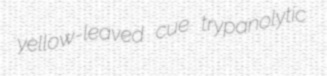
yellow-leaved cue trypanolytic